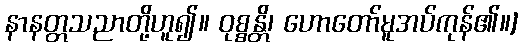
နာနတ္တသညာတို့ဟူ၍။ ဝုစ္စန္တိ၊ ဟောတော်မူအပ်ကုန်၏။]